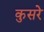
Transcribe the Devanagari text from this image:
कुसरे